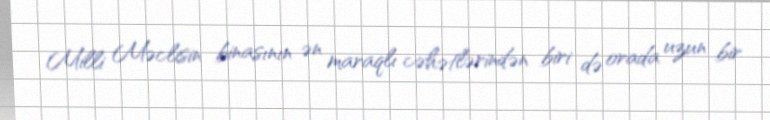
Milli Məclisin binasının ən maraqlı cəhətlərindən biri də orada uzun bir